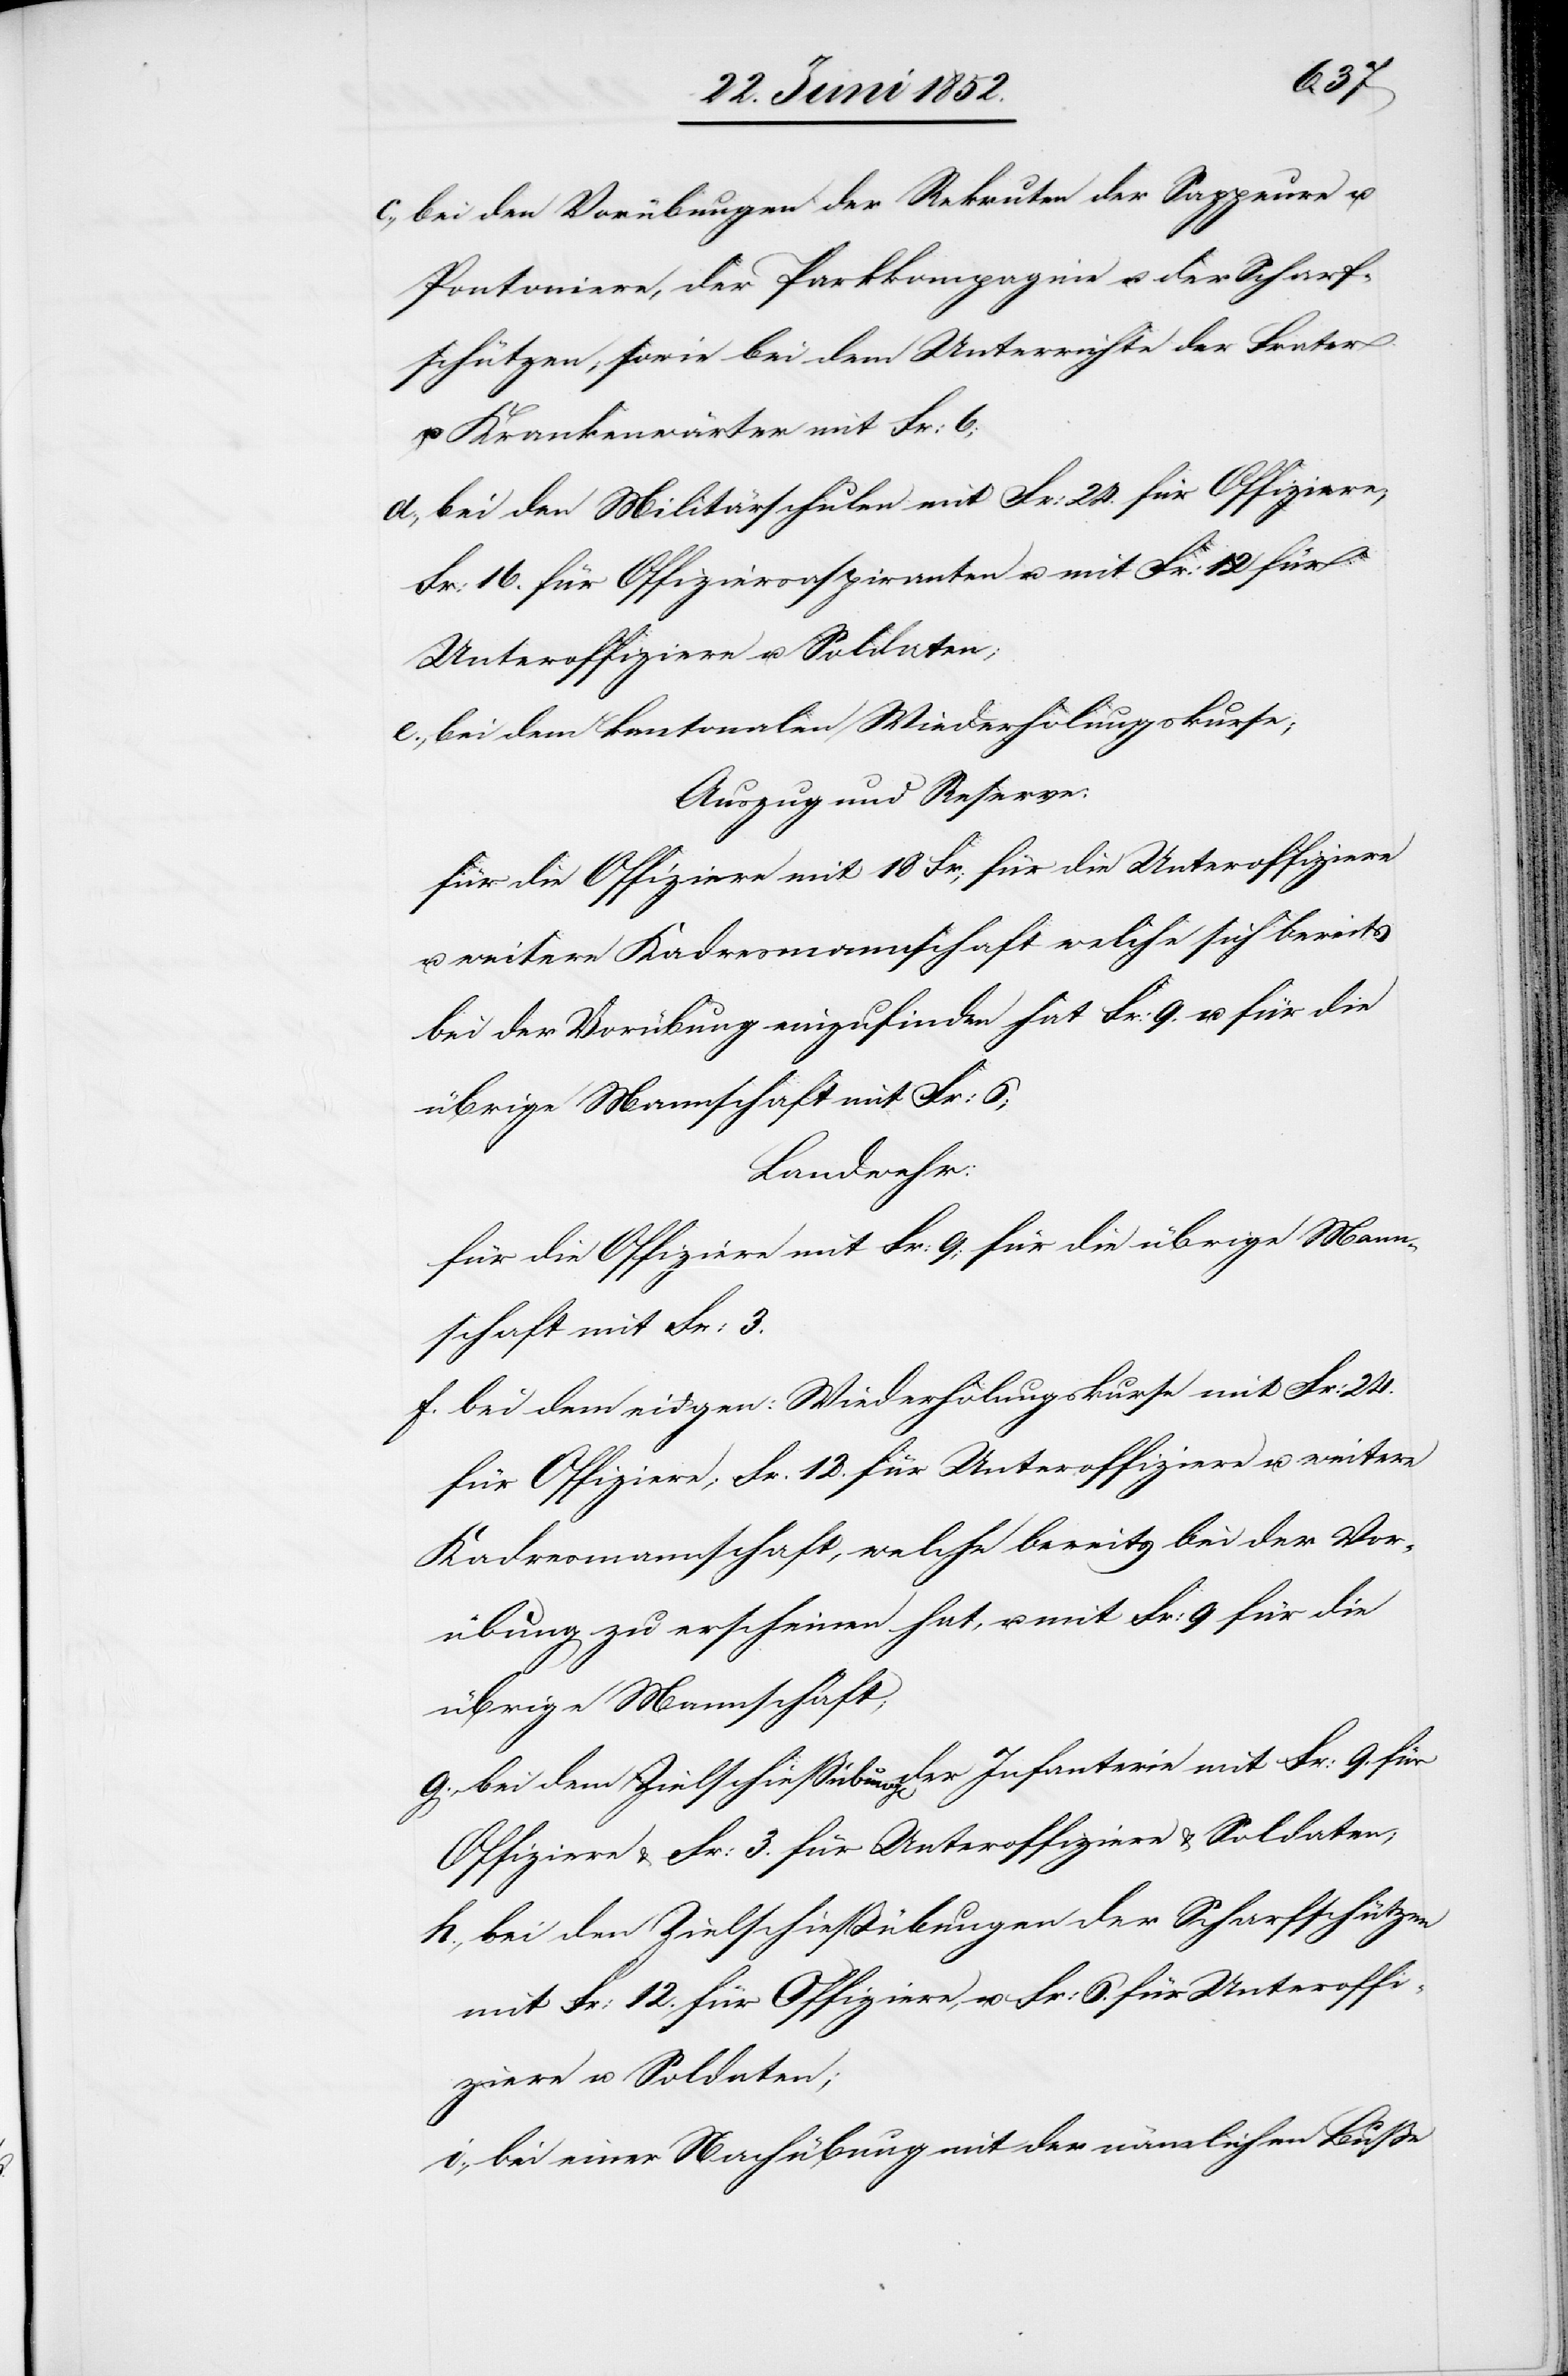
bei den Vorübungen der Rekruten der Sappeure u.
Pontoniere, der Parkkompagnie u. der Scharf¬
schützen, sowie bei dem Unterrichte der Frater
u. Krankenwärter mit Fr: 6;
bei den Militärschulen mit Fr: 24. für Offiziere,
Fr: 16. für Offiziersaspiranten u. mit Fr: 12 für
Unteroffiziere u. Soldaten;
bei dem kantonalen Wiederholungskurse;
Auszug und Reserve:
für die Offiziere mit 18 Fr; für die Unteroffiziere
u. weitere Kadresmannschaft welche sich bereits
bei der Vorübung einzufinden hat Fr: 9. u. für die
übrige Mannschaft mit Fr: 6;
Landwehr:
für die Offiziere mit Fr: 9; für die übrige Mann¬
schaft mit Fr: 3.
bei dem eidgen: Wiederholungskurse mit Fr: 24.
für Offiziere; Fr. 12. für Unteroffiziere u. weitere
Kadresmannschaft, welche bereits bei der Vor¬
übung zu erscheinen hat, u. mit Fr: 9 für die
übrige Mannschaft;
bei den Zielschießübungen der Scharfschützen
mit Fr: 12. für Offiziere, u. Fr: 6. für Unteroffi¬
ziere u. Soldaten;
bei einer Nachübung mit der nämlichen Buße